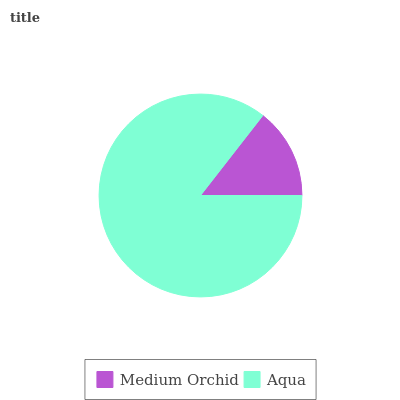
| Medium Orchid | Aqua |
 | --- | --- |
 | 14.5% | 85.5% |